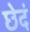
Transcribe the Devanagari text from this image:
छेदं